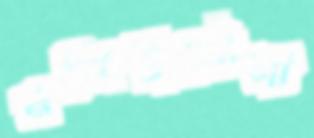
নজিবুদৌলা